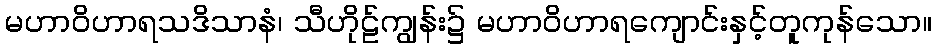
မဟာဝိဟာရသဒိသာနံ၊ သီဟိုဠ်ကျွန်း၌ မဟာဝိဟာရကျောင်းနှင့်တူကုန်သော။